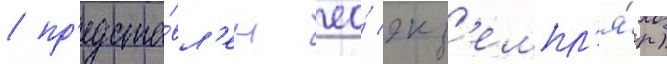
/ пр'едста́вл'ен ео́ экз'емпл'я́р)